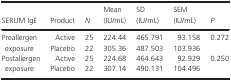
| SERUM IgE | Product | N | Mean (IU/mL) | SD (IU/mL) | SEM (IU/mL) | P |
 | --- | --- | --- | --- | --- | --- | --- |
 | <ROWSPAN=2> Preallergen exposure | Active | 25 | 224.44 | 465.791 | 93.158 | <ROWSPAN=2> 0.272 |
 | Placebo | 22 | 305.36 | 487.503 | 103.936 |
 | <ROWSPAN=2> Postallergen exposure | Active | 25 | 224.68 | 464.643 | 92.929 | <ROWSPAN=2> 0.250 |
 | Placebo | 22 | 307.14 | 490.131 | 104.496 |